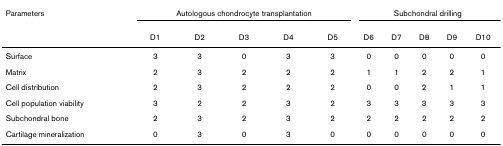
<table><thead><tr><td><b>Parameters</b></td><td colspan="5"><b>Autologous chondrocyte transplantation</b></td><td colspan="5"><b>Subchondral drilling</b></td></tr><tr><td></td><td><b>D1</b></td><td><b>D2</b></td><td><b>D3</b></td><td><b>D4</b></td><td><b>D5</b></td><td><b>D6</b></td><td><b>D7</b></td><td><b>D8</b></td><td><b>D9</b></td><td><b>D10</b></td></tr></thead><tbody><tr><td>Surface</td><td>3</td><td>3</td><td>0</td><td>3</td><td>3</td><td>0</td><td>0</td><td>0</td><td>0</td><td>0</td></tr><tr><td>Matrix</td><td>2</td><td>3</td><td>2</td><td>2</td><td>2</td><td>1</td><td>1</td><td>2</td><td>2</td><td>1</td></tr><tr><td>Cell distribution</td><td>2</td><td>3</td><td>2</td><td>2</td><td>2</td><td>0</td><td>0</td><td>2</td><td>1</td><td>1</td></tr><tr><td>Cell population viability</td><td>3</td><td>2</td><td>2</td><td>3</td><td>2</td><td>3</td><td>3</td><td>3</td><td>3</td><td>3</td></tr><tr><td>Subchondral bone</td><td>2</td><td>3</td><td>2</td><td>3</td><td>2</td><td>2</td><td>2</td><td>2</td><td>2</td><td>2</td></tr><tr><td>Cartilage mineralization</td><td>0</td><td>3</td><td>0</td><td>3</td><td>0</td><td>0</td><td>0</td><td>0</td><td>0</td><td>0</td></tr></tbody></table>